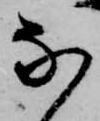
な